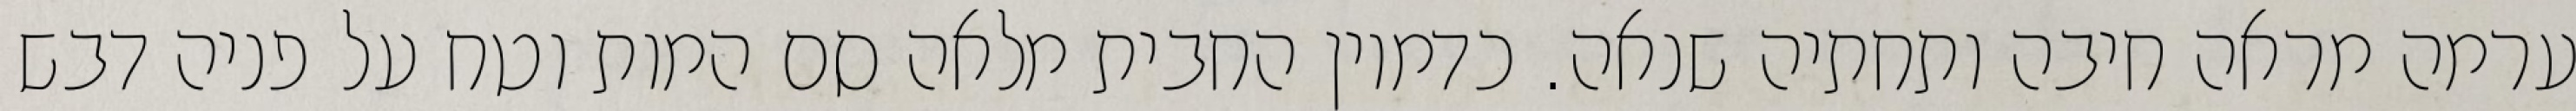
ערמה מראה חיבה ותחתיה שנאה. כדמיון החבית מלאה סם המות וטח על פניה דבש